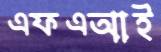
এফএআই